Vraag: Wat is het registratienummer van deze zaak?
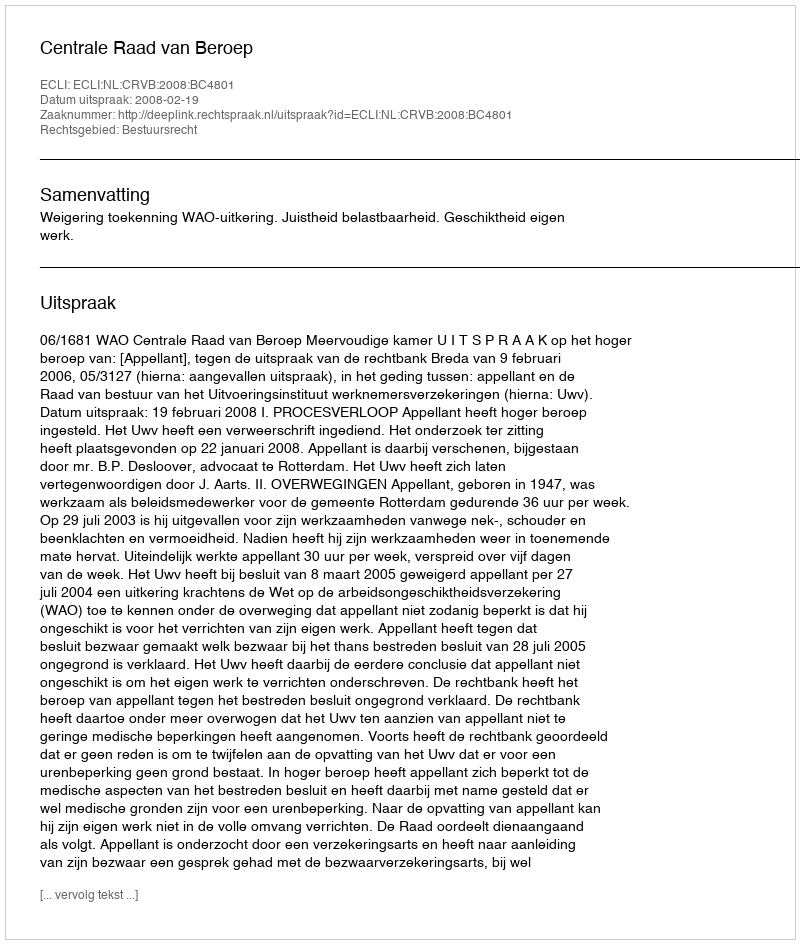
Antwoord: http://deeplink.rechtspraak.nl/uitspraak?id=ECLI:NL:CRVB:2008:BC4801